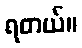
ရတယ်။